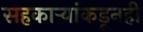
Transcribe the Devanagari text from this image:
सहकार्‍यांकडूनही